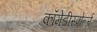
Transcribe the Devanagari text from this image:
कॉमेडीस्पोर्त्ज़